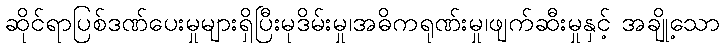
ဆိုင်ရာပြစ်ဒဏ်ပေးမှုများရှိပြီးမုဒိမ်းမှု၊အဓိကရုဏ်းမှု၊ဖျက်ဆီးမှုနှင့် အချို့သော